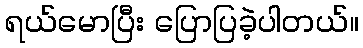
ရယ်မောပြီး ပြောပြခဲ့ပါတယ်။